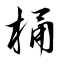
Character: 桶